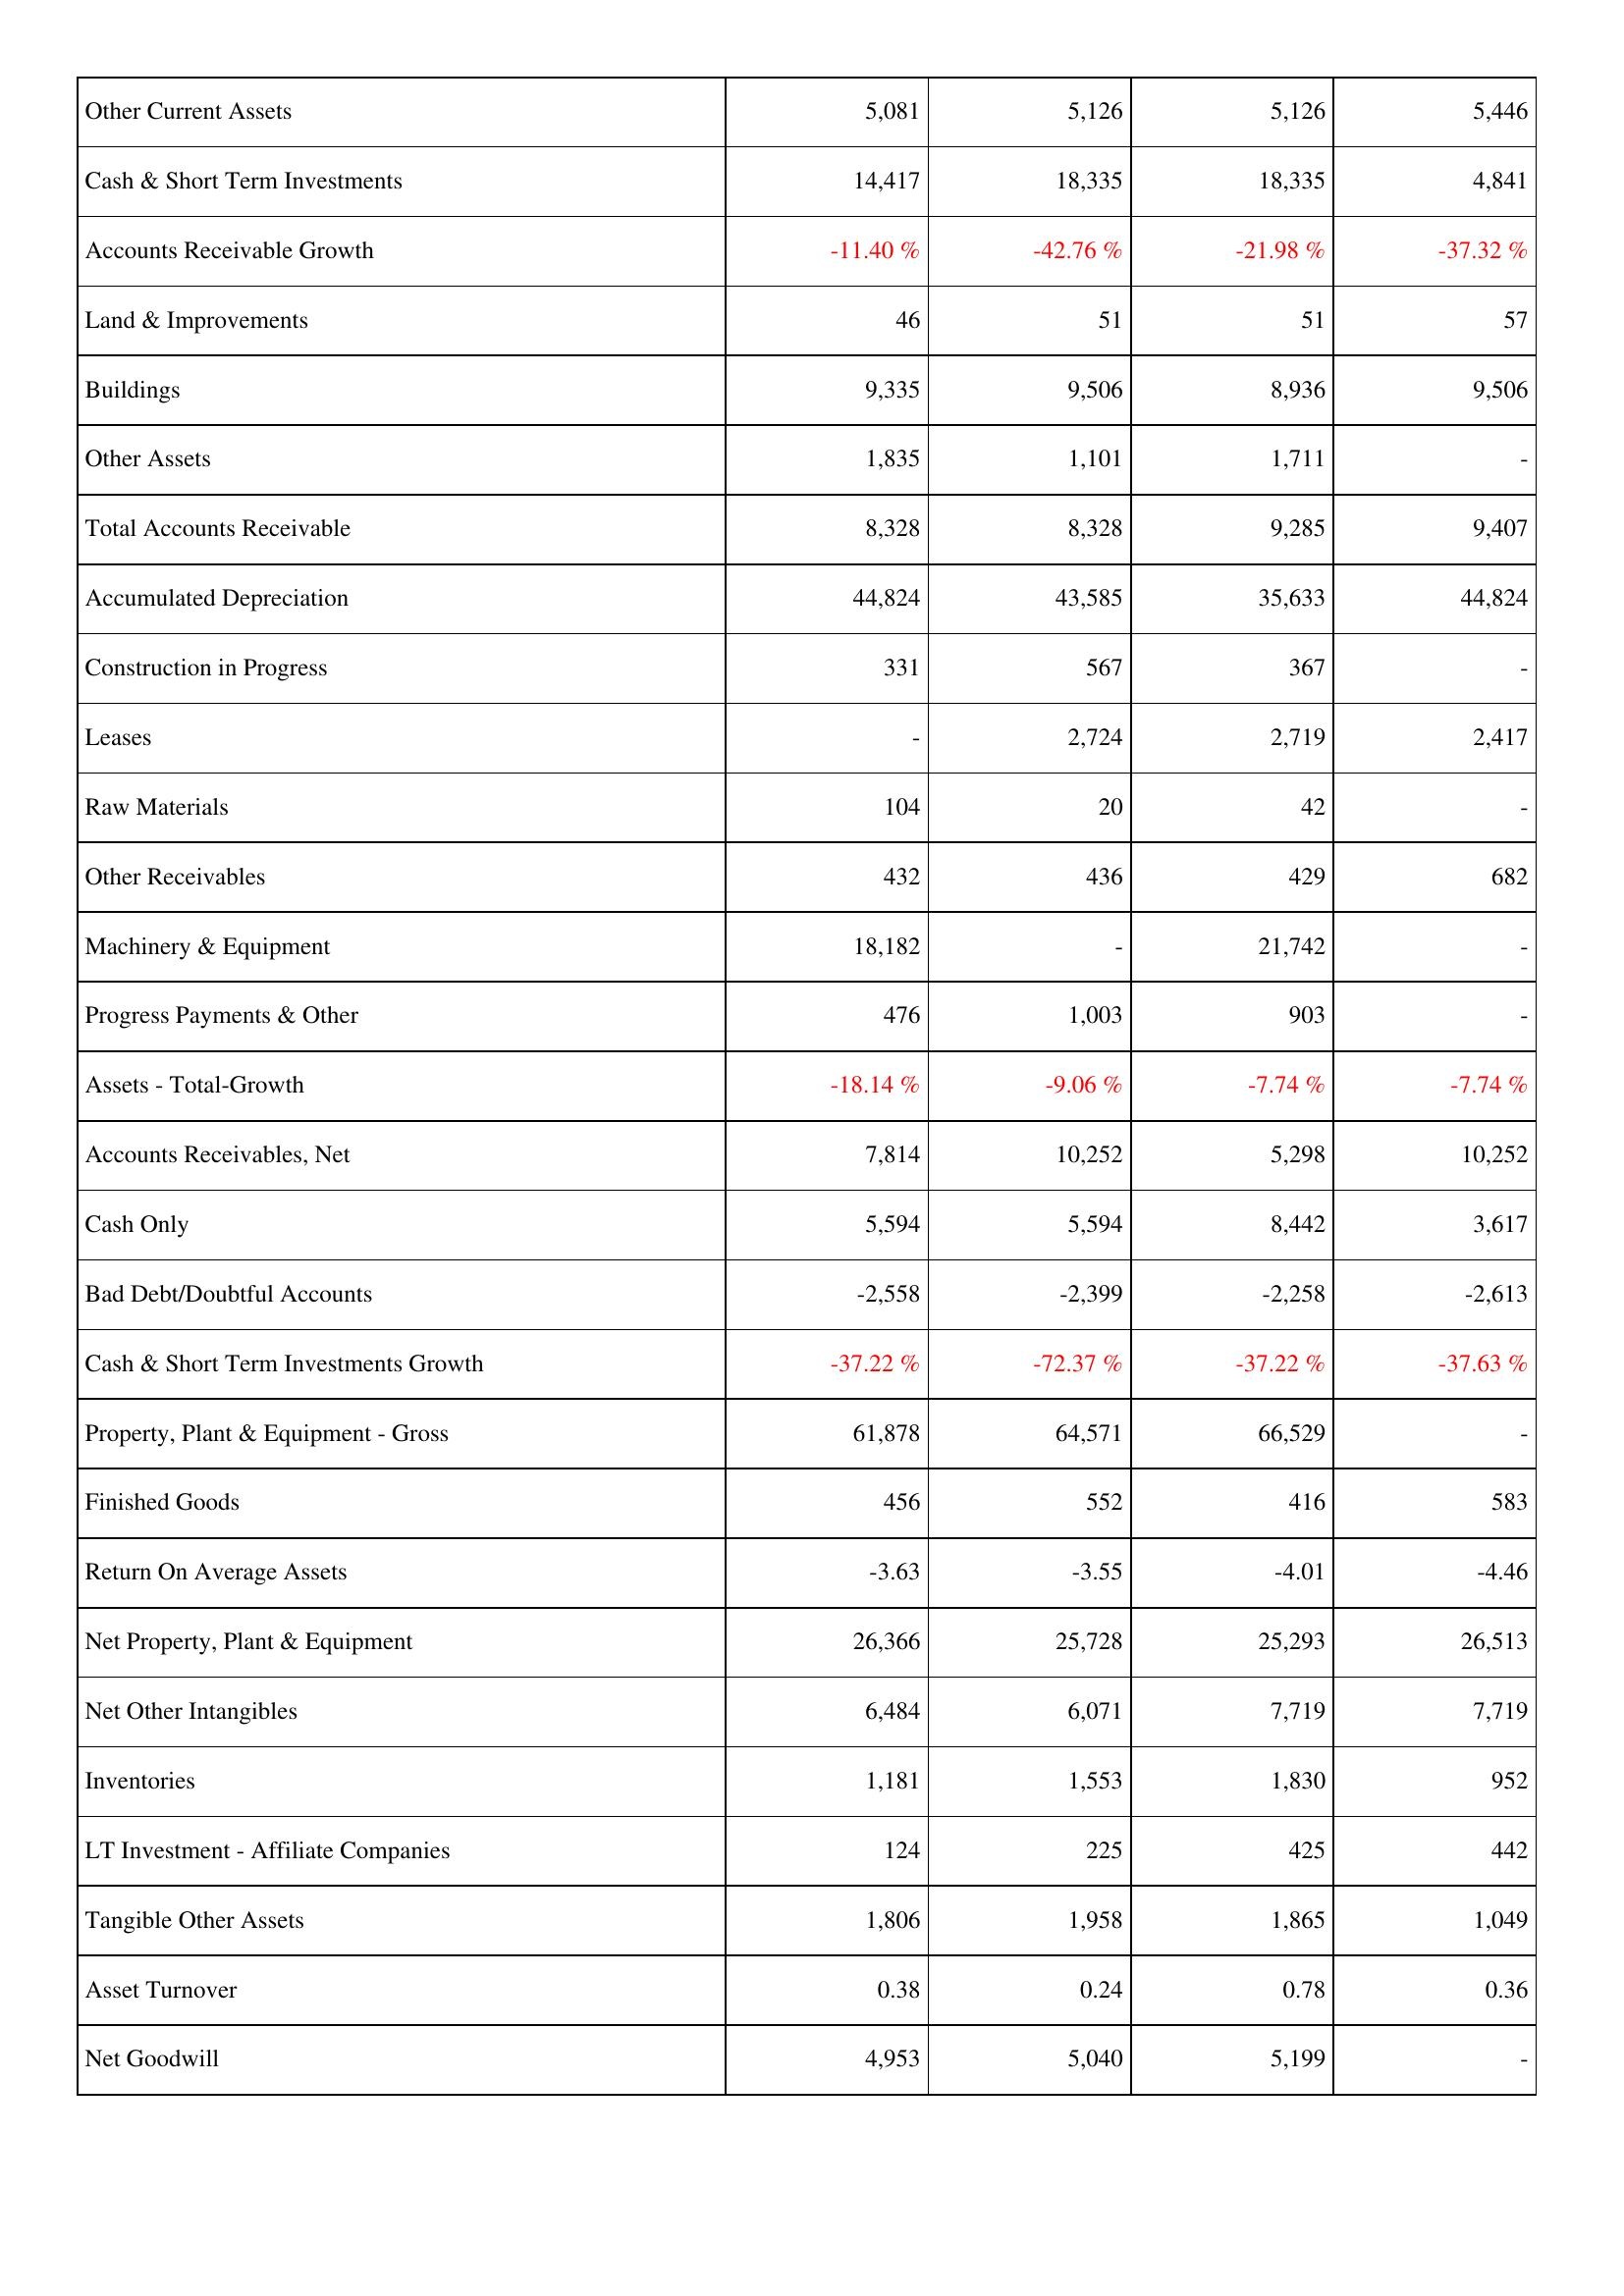
2006: Assets: Other Current Assets: 5,081
Cash & Short Term Investments: 14,417
Accounts Receivable Growth: -11.40 %
Land & Improvements: 46
Buildings: 9,335
Other Assets: 1,835
Total Accounts Receivable: 8,328
Accumulated Depreciation: 44,824
Construction in Progress: 331
Leases: -
Raw Materials: 104
Other Receivables: 432
Machinery & Equipment: 18,182
Progress Payments & Other: 476
Assets - Total-Growth: -18.14 %
Accounts Receivables, Net: 7,814
Cash Only: 5,594
Bad Debt/Doubtful Accounts: -2,558
Cash & Short Term Investments Growth: -37.22 %
Property, Plant & Equipment - Gross: 61,878
Finished Goods: 456
Return On Average Assets: -3.63
Net Property, Plant & Equipment: 26,366
Net Other Intangibles: 6,484
Inventories: 1,181
LT Investment - Affiliate Companies: 124
Tangible Other Assets: 1,806
Asset Turnover: 0.38
Net Goodwill: 4,953
2007: Assets: Other Current Assets: 5,126
Cash & Short Term Investments: 18,335
Accounts Receivable Growth: -42.76 %
Land & Improvements: 51
Buildings: 9,506
Other Assets: 1,101
Total Accounts Receivable: 8,328
Accumulated Depreciation: 43,585
Construction in Progress: 567
Leases: 2,724
Raw Materials: 20
Other Receivables: 436
Machinery & Equipment: -
Progress Payments & Other: 1,003
Assets - Total-Growth: -9.06 %
Accounts Receivables, Net: 10,252
Cash Only: 5,594
Bad Debt/Doubtful Accounts: -2,399
Cash & Short Term Investments Growth: -72.37 %
Property, Plant & Equipment - Gross: 64,571
Finished Goods: 552
Return On Average Assets: -3.55
Net Property, Plant & Equipment: 25,728
Net Other Intangibles: 6,071
Inventories: 1,553
LT Investment - Affiliate Companies: 225
Tangible Other Assets: 1,958
Asset Turnover: 0.24
Net Goodwill: 5,040
2008: Assets: Other Current Assets: 5,126
Cash & Short Term Investments: 18,335
Accounts Receivable Growth: -21.98 %
Land & Improvements: 51
Buildings: 8,936
Other Assets: 1,711
Total Accounts Receivable: 9,285
Accumulated Depreciation: 35,633
Construction in Progress: 367
Leases: 2,719
Raw Materials: 42
Other Receivables: 429
Machinery & Equipment: 21,742
Progress Payments & Other: 903
Assets - Total-Growth: -7.74 %
Accounts Receivables, Net: 5,298
Cash Only: 8,442
Bad Debt/Doubtful Accounts: -2,258
Cash & Short Term Investments Growth: -37.22 %
Property, Plant & Equipment - Gross: 66,529
Finished Goods: 416
Return On Average Assets: -4.01
Net Property, Plant & Equipment: 25,293
Net Other Intangibles: 7,719
Inventories: 1,830
LT Investment - Affiliate Companies: 425
Tangible Other Assets: 1,865
Asset Turnover: 0.78
Net Goodwill: 5,199
2009: Assets: Other Current Assets: 5,446
Cash & Short Term Investments: 4,841
Accounts Receivable Growth: -37.32 %
Land & Improvements: 57
Buildings: 9,506
Other Assets: -
Total Accounts Receivable: 9,407
Accumulated Depreciation: 44,824
Construction in Progress: -
Leases: 2,417
Raw Materials: -
Other Receivables: 682
Machinery & Equipment: -
Progress Payments & Other: -
Assets - Total-Growth: -7.74 %
Accounts Receivables, Net: 10,252
Cash Only: 3,617
Bad Debt/Doubtful Accounts: -2,613
Cash & Short Term Investments Growth: -37.63 %
Property, Plant & Equipment - Gross: -
Finished Goods: 583
Return On Average Assets: -4.46
Net Property, Plant & Equipment: 26,513
Net Other Intangibles: 7,719
Inventories: 952
LT Investment - Affiliate Companies: 442
Tangible Other Assets: 1,049
Asset Turnover: 0.36
Net Goodwill: -